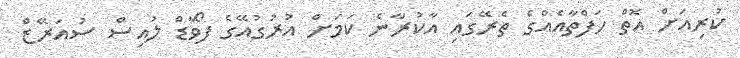
ކުރިއަށް އޮތް ހަފްތާއެއްގެ ތެރޭގައި އާކުރާނެ ކަމަށް އުރުގުއޭގެ ފޯވާޑް ލުއިސް ސުއަރޭޒް